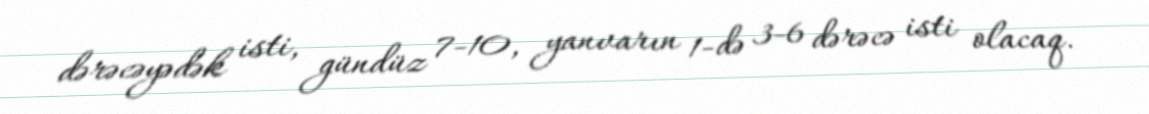
dərəcəyədək isti, gündüz 7-10, yanvarın 1-də 3-6 dərəcə isti olacaq.